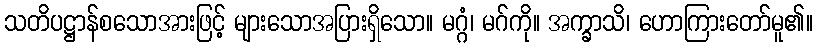
သတိပဋ္ဌာန်စသောအားဖြင့် များသောအပြားရှိသော။ မဂ္ဂံ၊ မဂ်ကို။ အက္ခာသိ၊ ဟောကြားတော်မူ၏။